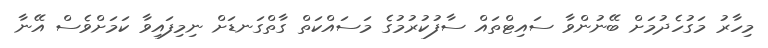
މިހާރު މަގުހެދުމަށް ބޭނުންވާ ސައިޓްތައް ސާފުކުރުމުގެ މަސައްކަތް ގާތްގަނޑަށް ނިމިފައިވާ ކަމަށްވެސް އޭނާ